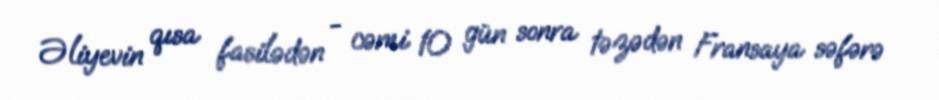
Əliyevin qısa fasilədən - cəmi 10 gün sonra təzədən Fransaya səfərə